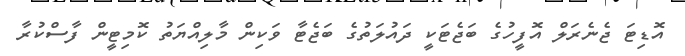
އޮޑިޓަ ޖެނެރަލް އޮފީހުގެ ބަޖެޓަކީ ދައުލަތުގެ ބަޖެޓާ ވަކިން މާލިއްޔަތު ކޮމިޓީން ފާސްކުރާ